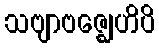
သဗျာဗဇ္ဈေဟိပိ